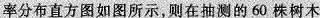
率分布直方图如图所示，则在抽测的60株树木